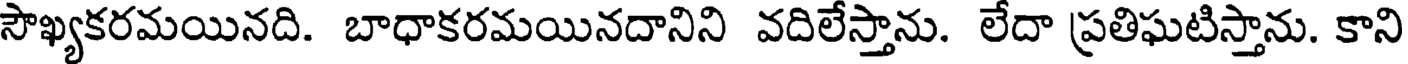
సౌఖ్యకరమయినది. బాధాకరమయినదానిని వదిలేస్తాను. లేదా ప్రతిఘటిస్తాను. కాని